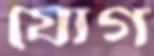
যোগ